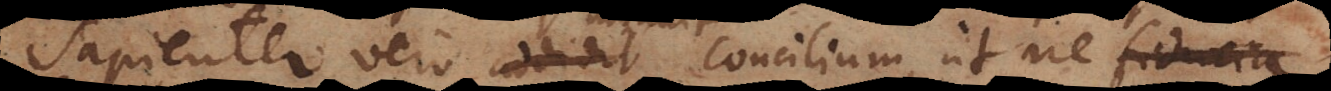
Sapienter vero addidit Concilium ut ne fiducia